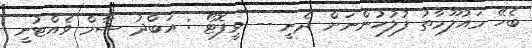
ބެހޭ މައުލޫމާތު ފުލުހުންނަށް ދެނީ -- ވީފޮޓޯ : އަބްދު ޝާމް ވެއްޓުނީ